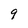
Character: 9